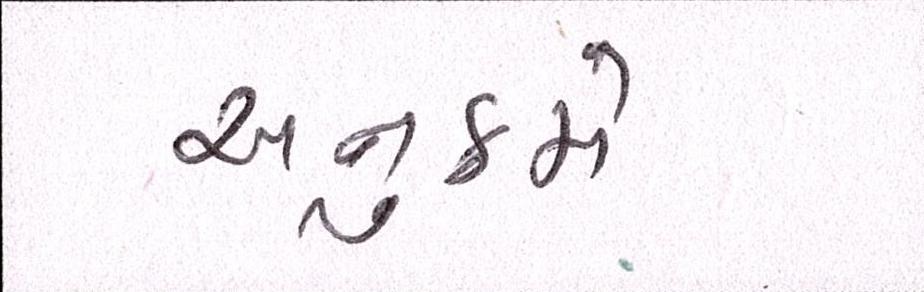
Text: અનુક્રમે